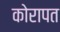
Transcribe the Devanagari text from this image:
कोरापत